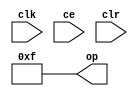
module sysgen_constant_737c6ebc01 (
  output [(4 - 1):0] op,
  input clk,
  input ce,
  input clr);
  assign op = 4'b1111;
endmodule